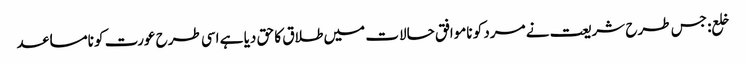
خلع: جس طرح شریعت نے مرد کو ناموافق حالات میں طلاق کا حق دیا ہے اسی طرح عورت کو نامساعد